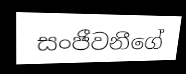
සංජීවනීගේ